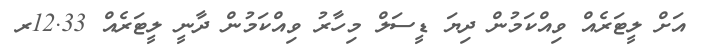
އަށް ލީޓަރެއް ވިއްކަމުން ދިޔަ ޑީސަލް މިހާރު ވިއްކަމުން ދާނީ ލީޓަރެއް 12.33ރ